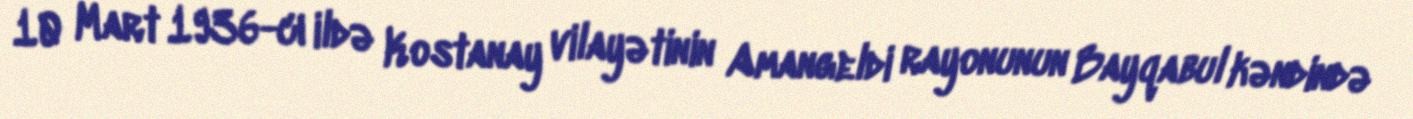
10 Mart 1936-cı ildə Kostanay vilayətinin Amangeldi rayonunun Bayqabul kəndində